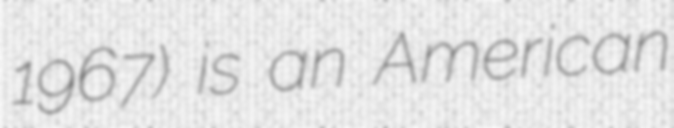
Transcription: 1967) is an American